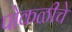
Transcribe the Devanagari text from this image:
पोकळीचे